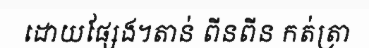
ដោយផ្សែង។តាន់ ពីនពីន កត់ត្រា